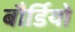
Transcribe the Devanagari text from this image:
बौर्डियो